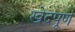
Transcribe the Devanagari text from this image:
खेदपूर्ण